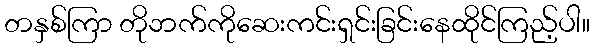
တနှစ်ကြာ တိုဘက်ကိုဆေးကင်းရှင်းခြင်းနေထိုင်ကြည့်ပါ။